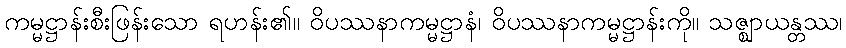
ကမ္မဋ္ဌာန်းစီးဖြန်းသော ရဟန်း၏။ ဝိပဿနာကမ္မဋ္ဌာနံ၊ ဝိပဿနာကမ္မဋ္ဌာန်းကို။ သဇ္ဈာယန္တဿ၊